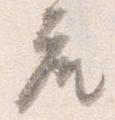
座